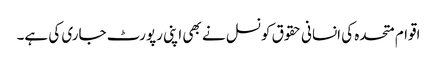
اقوام متحدہ کی انسانی حقوق کونسل نے بھی اپنی رپورٹ جاری کی ہے۔